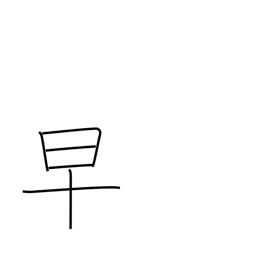
Meaning: early